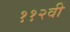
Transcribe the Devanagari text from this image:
११२वी